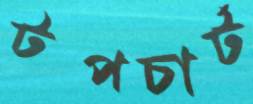
টপচার্ট